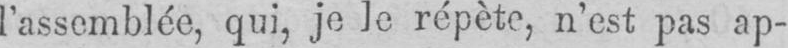
l’assemblée, qui, je le répète, n’est pas ap-